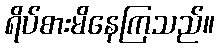
ရိပ်စားမိနေကြသည်။